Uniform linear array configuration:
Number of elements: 48
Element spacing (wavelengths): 0.75
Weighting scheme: hamming
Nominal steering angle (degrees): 60
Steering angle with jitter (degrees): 59.02
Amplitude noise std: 0.05
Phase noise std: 0.05

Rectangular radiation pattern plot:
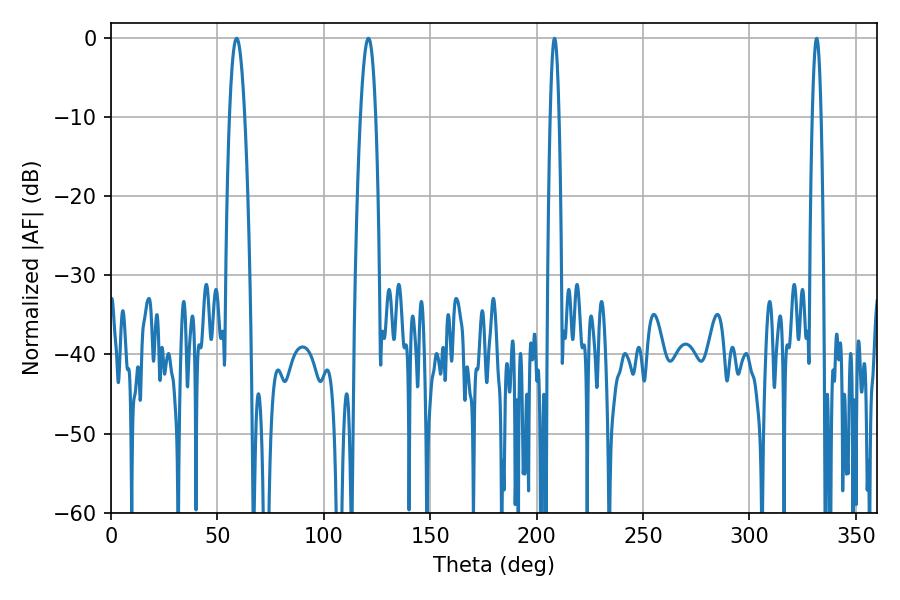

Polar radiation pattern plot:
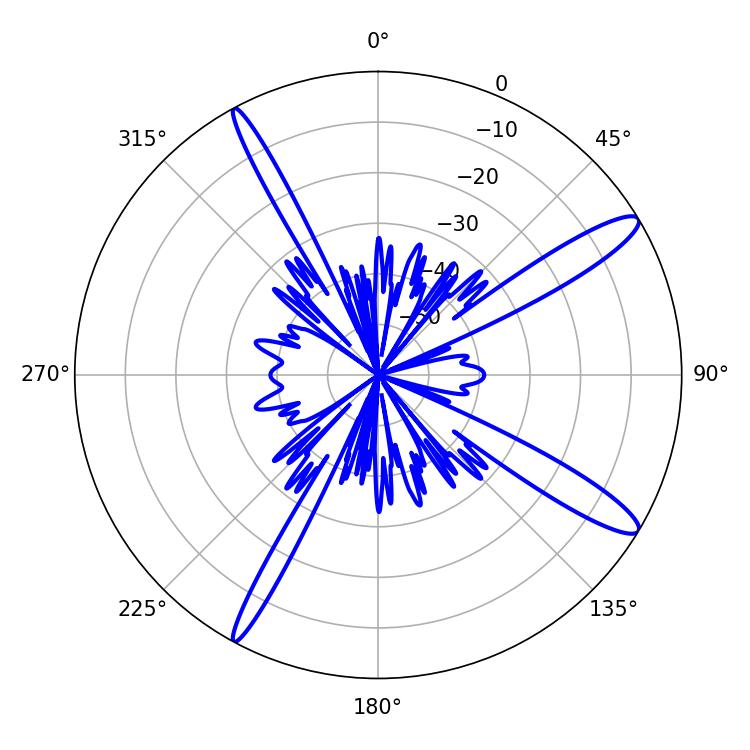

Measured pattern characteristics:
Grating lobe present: TRUE
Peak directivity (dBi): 13.625
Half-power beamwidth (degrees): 3.96
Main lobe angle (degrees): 59.04